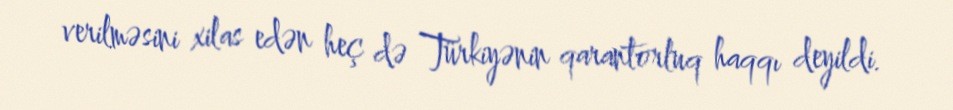
verilməsini xilas edən heç də Türkiyənin qarantorluq haqqı deyildi.